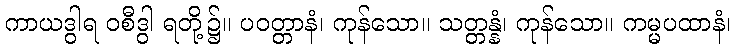
ကာယဒွါရ ဝစီဒွါ ရတို့၌။ ပဝတ္တာနံ၊ ကုန်သော။ သတ္တန္နံ၊ ကုန်သော။ ကမ္မပထာနံ၊